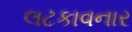
લટકાવનાર